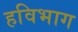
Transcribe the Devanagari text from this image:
हविभाग